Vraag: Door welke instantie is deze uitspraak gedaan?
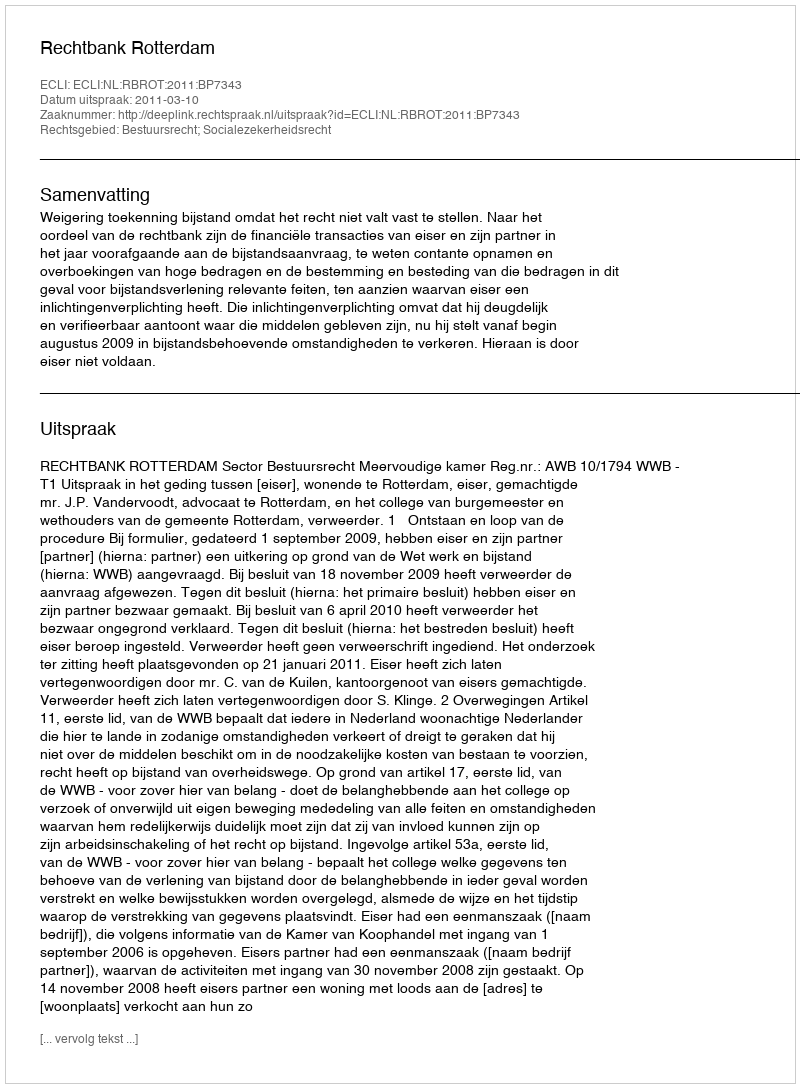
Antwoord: Rechtbank Rotterdam